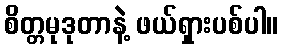
စိတ္တမုဒုတာနဲ့ ဖယ်ရှားပစ်ပါ။